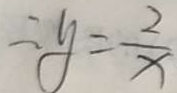
\therefore y = \frac { 2 } { x }